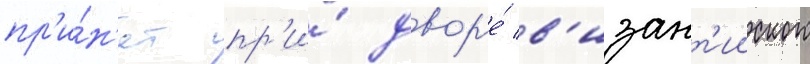
пр'и́н'ят пр'и́ двор'е́ в'изант'ииского